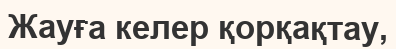
Жауға келер қорқақтау,